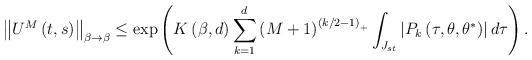
LaTeX: \begin{align*}\left\Vert U^{M}\left( t,s\right) \right\Vert _{\beta\rightarrow\beta}\leq\exp\left( K\left( \beta,d\right) \sum_{k=1}^{d}\left( M+1\right)^{\left( k/2-1\right) _{+}}\int_{J_{st}}\left\vert P_{k}\left( \tau,\theta,\theta^{\ast}\right) \right\vert d\tau\right) . \end{align*}